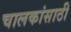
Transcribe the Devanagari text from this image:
चालकांसाठी